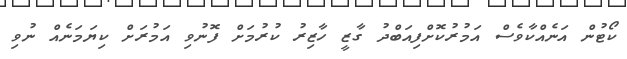
ކޯޓުން އަނެއްކާވެސް އަމުރުކޮށްފިއަބްދު ގާޒީ ހާޒިރު ކުރުމަށް ފޮނުވި އަމުރަށް ކިޔަމަނެއް ނުވި